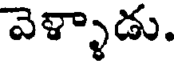
వెళ్ళాడు.